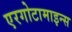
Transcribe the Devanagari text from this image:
एरगोटामाइन्स